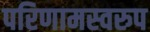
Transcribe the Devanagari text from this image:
परिणामस्‍वरुप